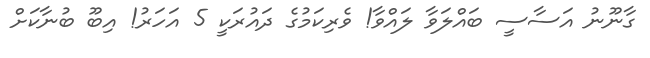
ގާނޫނު އަސާސީ ބައްލަވާ ލައްވާ! ވެރިކަމުގެ ދައުރަކީ 5 އަހަރު! އިބޫ ބުނާކަށް